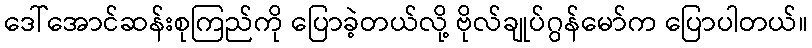
ဒေါ်အောင်ဆန်းစုကြည်ကို ပြောခဲ့တယ်လို့ ဗိုလ်ချုပ်ဂွန်မော်က ပြောပါတယ်။